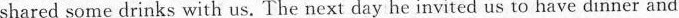
shared some drinks with us. The next day he invited us to have dinner and